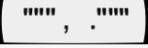
""" ,   ."""